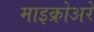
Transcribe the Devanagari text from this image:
माइक्रोअरे